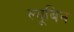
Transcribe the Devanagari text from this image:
ल्यूबिन